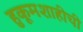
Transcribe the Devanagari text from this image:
हुकूमशाहीची